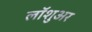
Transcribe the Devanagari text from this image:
लॉशुअर